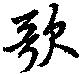
歌